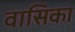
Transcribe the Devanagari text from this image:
वासिका